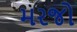
મરજો